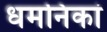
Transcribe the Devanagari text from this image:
धमनिकां